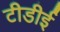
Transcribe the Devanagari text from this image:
टीडीई